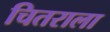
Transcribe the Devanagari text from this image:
चितराला